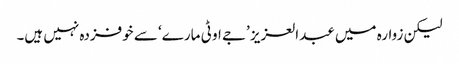
لیکن زوارہ میں عبدالعزیز ’جے او ٹی مارے‘ سے خوفزدہ نہیں ہیں۔